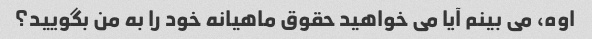
اوه، می بینم آیا می خواهید حقوق ماهیانه خود را به من بگویید؟